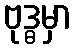
ဗုဒ္ဓမှာ